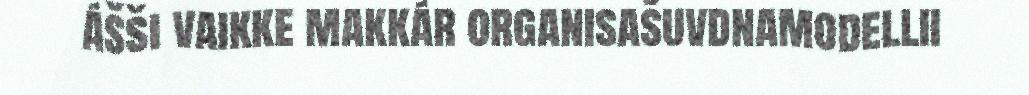
ášši vaikke makkár organisašuvdnamodellii